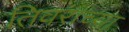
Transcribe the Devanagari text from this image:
तिवराच्या